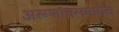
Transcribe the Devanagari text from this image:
अरूणाचलमधील